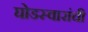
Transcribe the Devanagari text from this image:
घोडस्वारांची